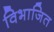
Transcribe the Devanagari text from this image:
विभाजित